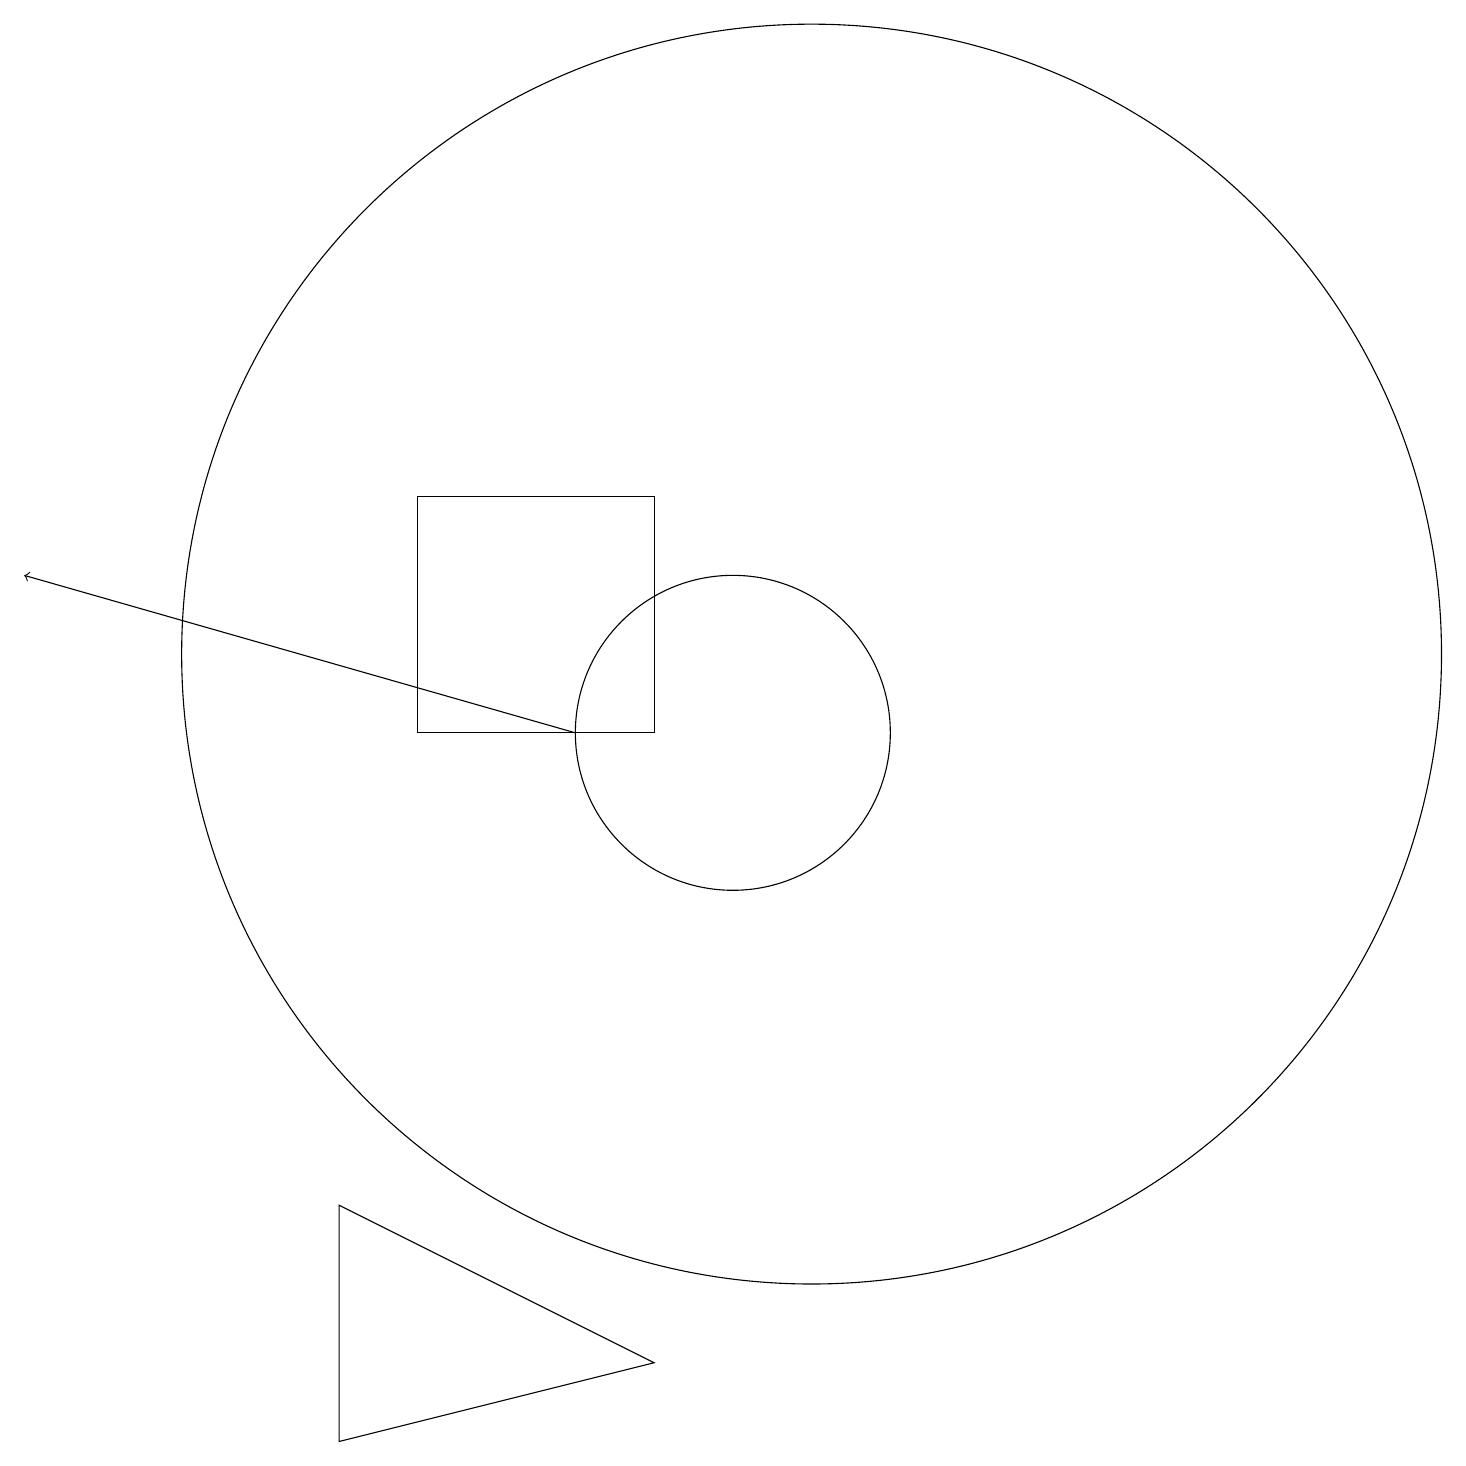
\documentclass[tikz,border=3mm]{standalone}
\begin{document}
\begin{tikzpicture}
\draw (10,10) circle (2);
\draw (9,13) rectangle (6,10);
\draw (11,11) circle (8);
\draw[->] (8,10) -- (1,12);
\draw (5,1) -- (9,2) -- (5,4) -- cycle;
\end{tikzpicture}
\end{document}